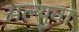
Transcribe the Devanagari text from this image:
अल्युवा